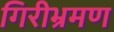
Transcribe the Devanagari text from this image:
गिरीभ्रमण